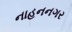
નાહનનગર